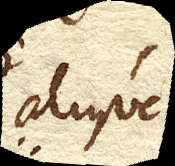
aliusve